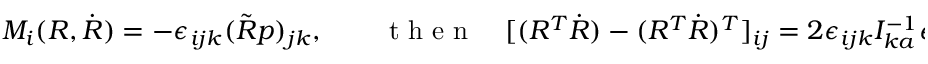
\begin{array} { r } { M _ { i } ( R , \dot { R } ) = - \epsilon _ { i j k } ( \tilde { R } p ) _ { j k } , \qquad \mathrm { ~ t ~ h ~ e ~ n ~ } \quad [ ( R ^ { T } \dot { R } ) - ( R ^ { T } \dot { R } ) ^ { T } ] _ { i j } = 2 \epsilon _ { i j k } I _ { k a } ^ { - 1 } \epsilon _ { a b c } ( \tilde { R } p ) _ { b c } . } \end{array}